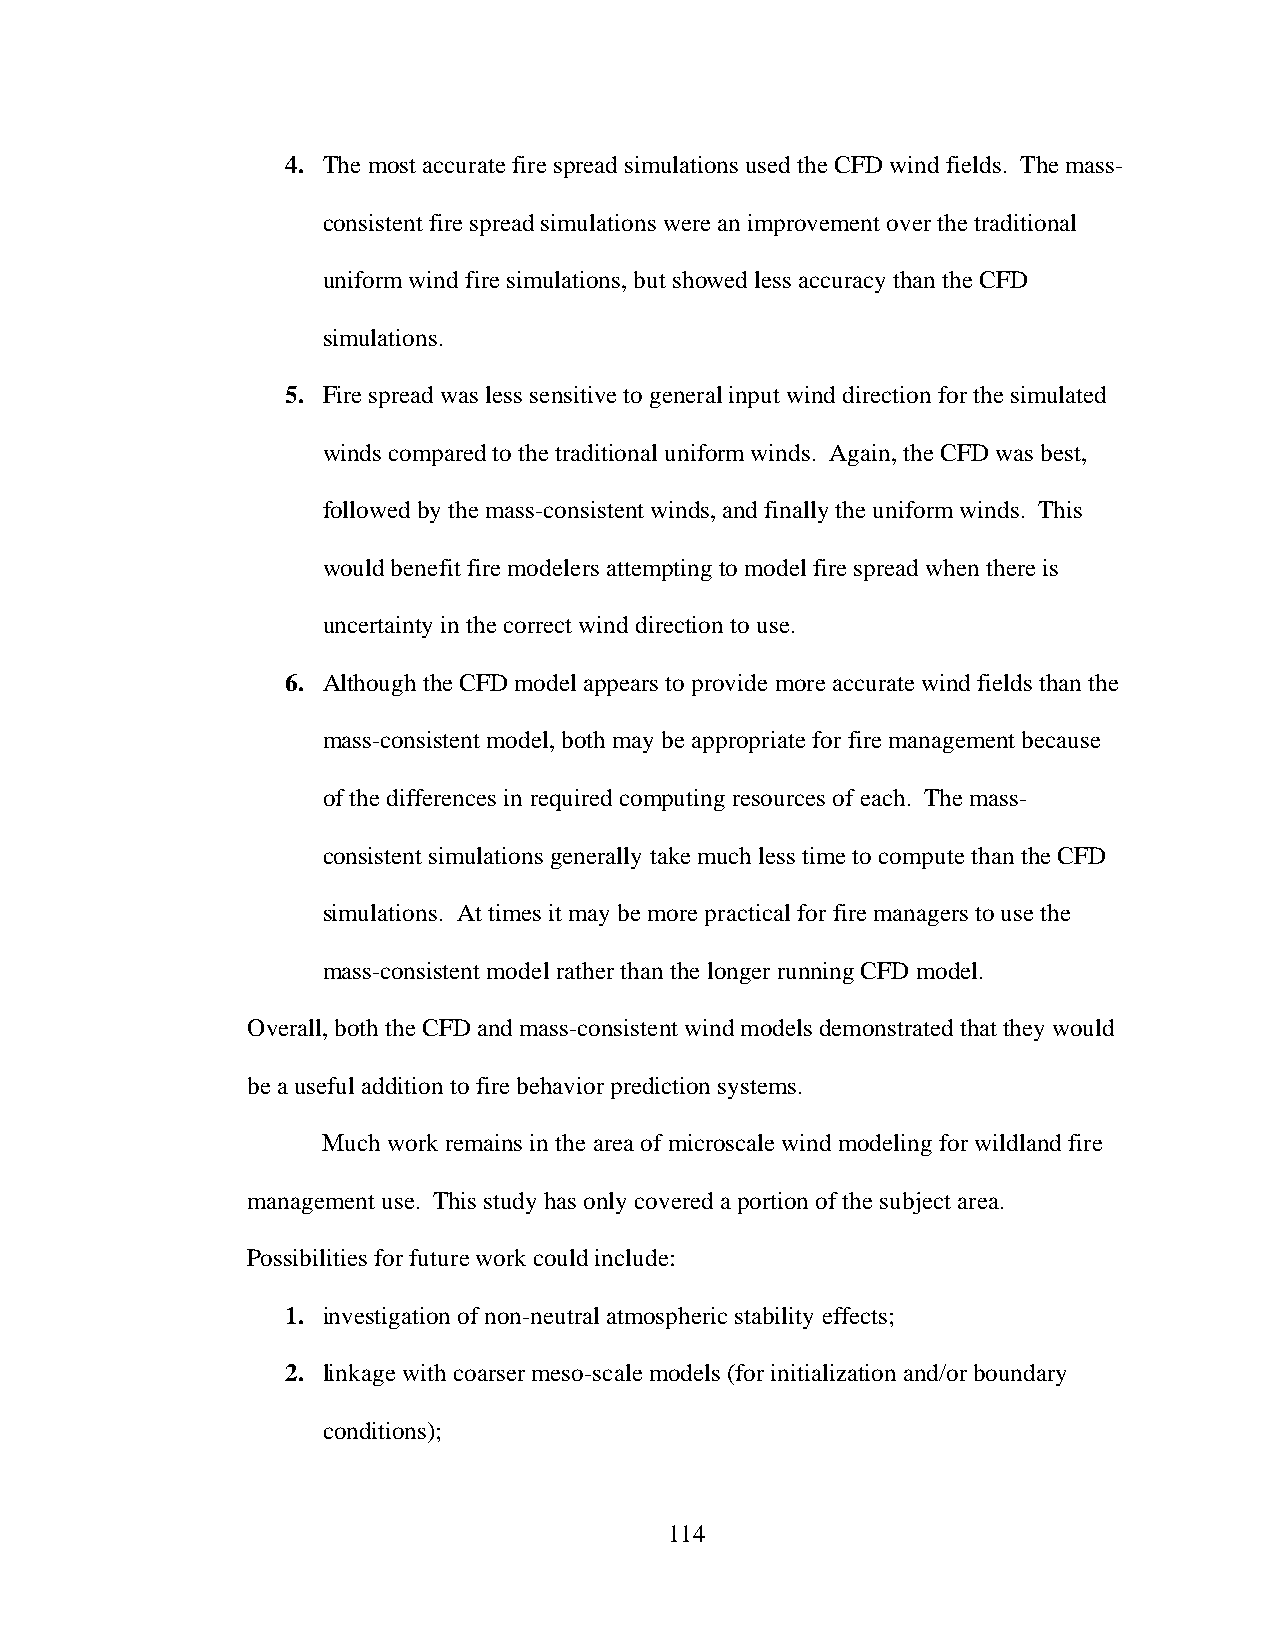
4. The most accurate fire spread simulations used the CFD wind fields. The mass-
 consistent fire spread simulations were an improvement over the traditional
 uniform wind fire simulations, but showed less accuracy than the CFD
 simulations.
 5. Fire spread was less sensitive to general input wind direction for the simulated
 winds compared to the traditional uniform winds. Again, the CFD was best,
 followed by the mass-consistent winds, and finally the uniform winds. This
 would benefit fire modelers attempting to model fire spread when there is
 uncertainty in the correct wind direction to use.
 6. Although the CFD model appears to provide more accurate wind fields than the
 mass-consistent model, both may be appropriate for fire management because
 of the differences in required computing resources of each. The mass-
 consistent simulations generally take much less time to compute than the CFD
 simulations. At times it may be more practical for fire managers to use the
 mass-consistent model rather than the longer running CFD model.
 Overall, both the CFD and mass-consistent wind models demonstrated that they would
 be a useful addition to fire behavior prediction systems.
 Much work remains in the area of microscale wind modeling for wildland fire
 management use. This study has only covered a portion of the subject area.
 Possibilities for future work could include:
 1. investigation of non-neutral atmospheric stability effects;
 2. linkage with coarser meso-scale models (for initialization and/or boundary
 conditions);
 114